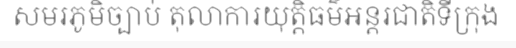
សមរភូមិច្បាប់ តុលាការយុត្តិធម៌អន្តរជាតិទីក្រុង